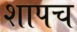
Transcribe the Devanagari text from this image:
शापच